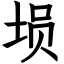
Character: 埙